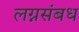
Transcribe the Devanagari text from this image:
लग्नसंबध